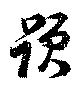
題